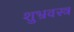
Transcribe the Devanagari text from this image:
शुभ्रवस्त्र